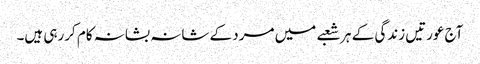
آج عورتیں زندگی کے ہر شعبے میں مرد کے شانہ بشانہ کام کررہی ہیں۔